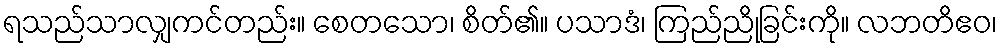
ရသည်သာလျှကင်တည်း။ စေတသော၊ စိတ်၏။ ပသာဒံ၊ ကြည်ညိုခြင်းကို။ လဘတိဧဝ၊